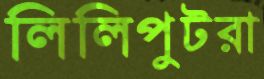
লিলিপুটরা